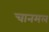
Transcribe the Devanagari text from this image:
चानमल